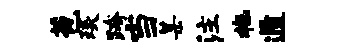
苞琰跨当某注拖遁